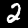
Label: 2